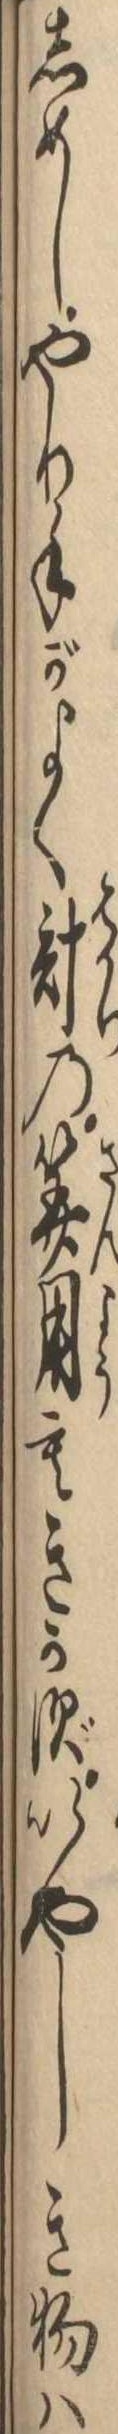
しめしやり手がよく計の算用もきかずいやしき物は